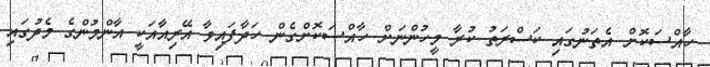
ހާއްސަކޮށް އެތަނުގައި ކަސްރަތު ކުރާ މީހުންނަށް ހާއްސަކޮށްގެން ހަދާފައިވާ އޭރިއާއަކީ އާންމުންގެ މެދުގައި